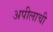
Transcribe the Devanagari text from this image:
अपीलाची